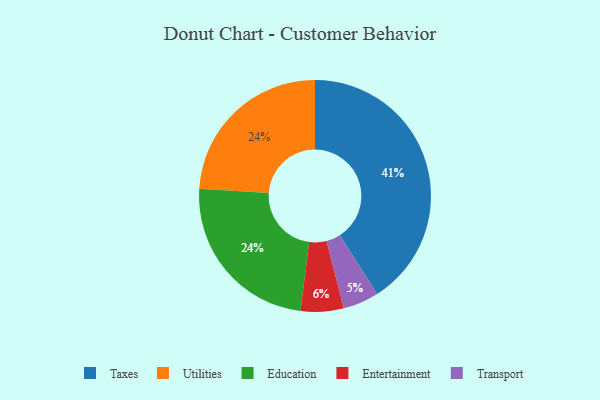
{"axis": {"x": "Category", "y": "Percentage"}, "legend": ["Education", "Entertainment", "Taxes", "Transport", "Utilities"], "data": [{"x": "Entertainment", "y": 6, "type": "Entertainment"}, {"x": "Taxes", "y": 41, "type": "Taxes"}, {"x": "Utilities", "y": 24, "type": "Utilities"}, {"x": "Education", "y": 24, "type": "Education"}, {"x": "Transport", "y": 5, "type": "Transport"}]}